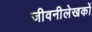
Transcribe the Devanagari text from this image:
जीवनीलेखकों